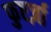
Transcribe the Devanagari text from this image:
फुएर्ज़ा